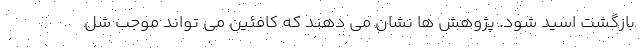
بازگشت اسید شود. پژوهش ها نشان می دهند که کافئین می تواند موجب شل